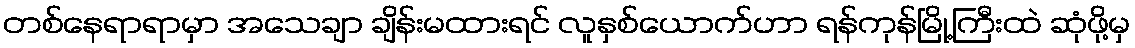
တစ်နေရာရာမှာ အသေချာ ချိန်းမထားရင် လူနှစ်ယောက်ဟာ ရန်ကုန်မြို့ကြီးထဲ ဆုံဖို့မှ